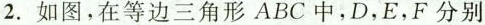
2.如图，在等边三角形ABC中，D，E，F分别